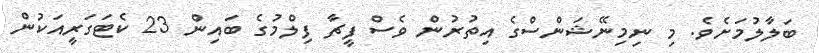
ބަލާލުމަށެވެ. މި ނިމިނޭޝަންސްގެ އިތުރުން ވެސް ފީޗާ ފިލްމުގެ ބައިން 23 ކެޓަގަރީއަކުން